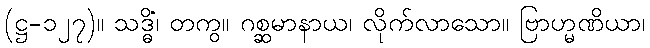
(ဋ္ဌ-၁၂၇)။ သဒ္ဓိံ၊ တကွ။ ဂစ္ဆမာနာယ၊ လိုက်လာသော။ ဗြာဟ္မဏိယာ၊